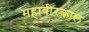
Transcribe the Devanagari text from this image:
महावीरकाल